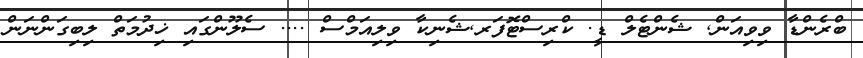
ބްރެންޑާ ވިވިއަން